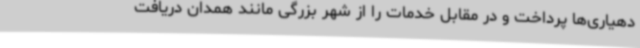
دهیاری‌ها پرداخت و در مقابل خدمات را از شهر بزرگی مانند همدان دریافت